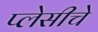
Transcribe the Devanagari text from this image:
प्लेसीचे